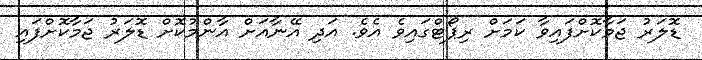
ޑޮލަރު ޖަމާކޮށްފައިވާ ކަމަށް ރިޕޯޓްގައިވެ އެވެ. އަދި އޭނާއަށް އާންމުކޮށް ޑޮލަރު ޖަމާކޮށްފައި